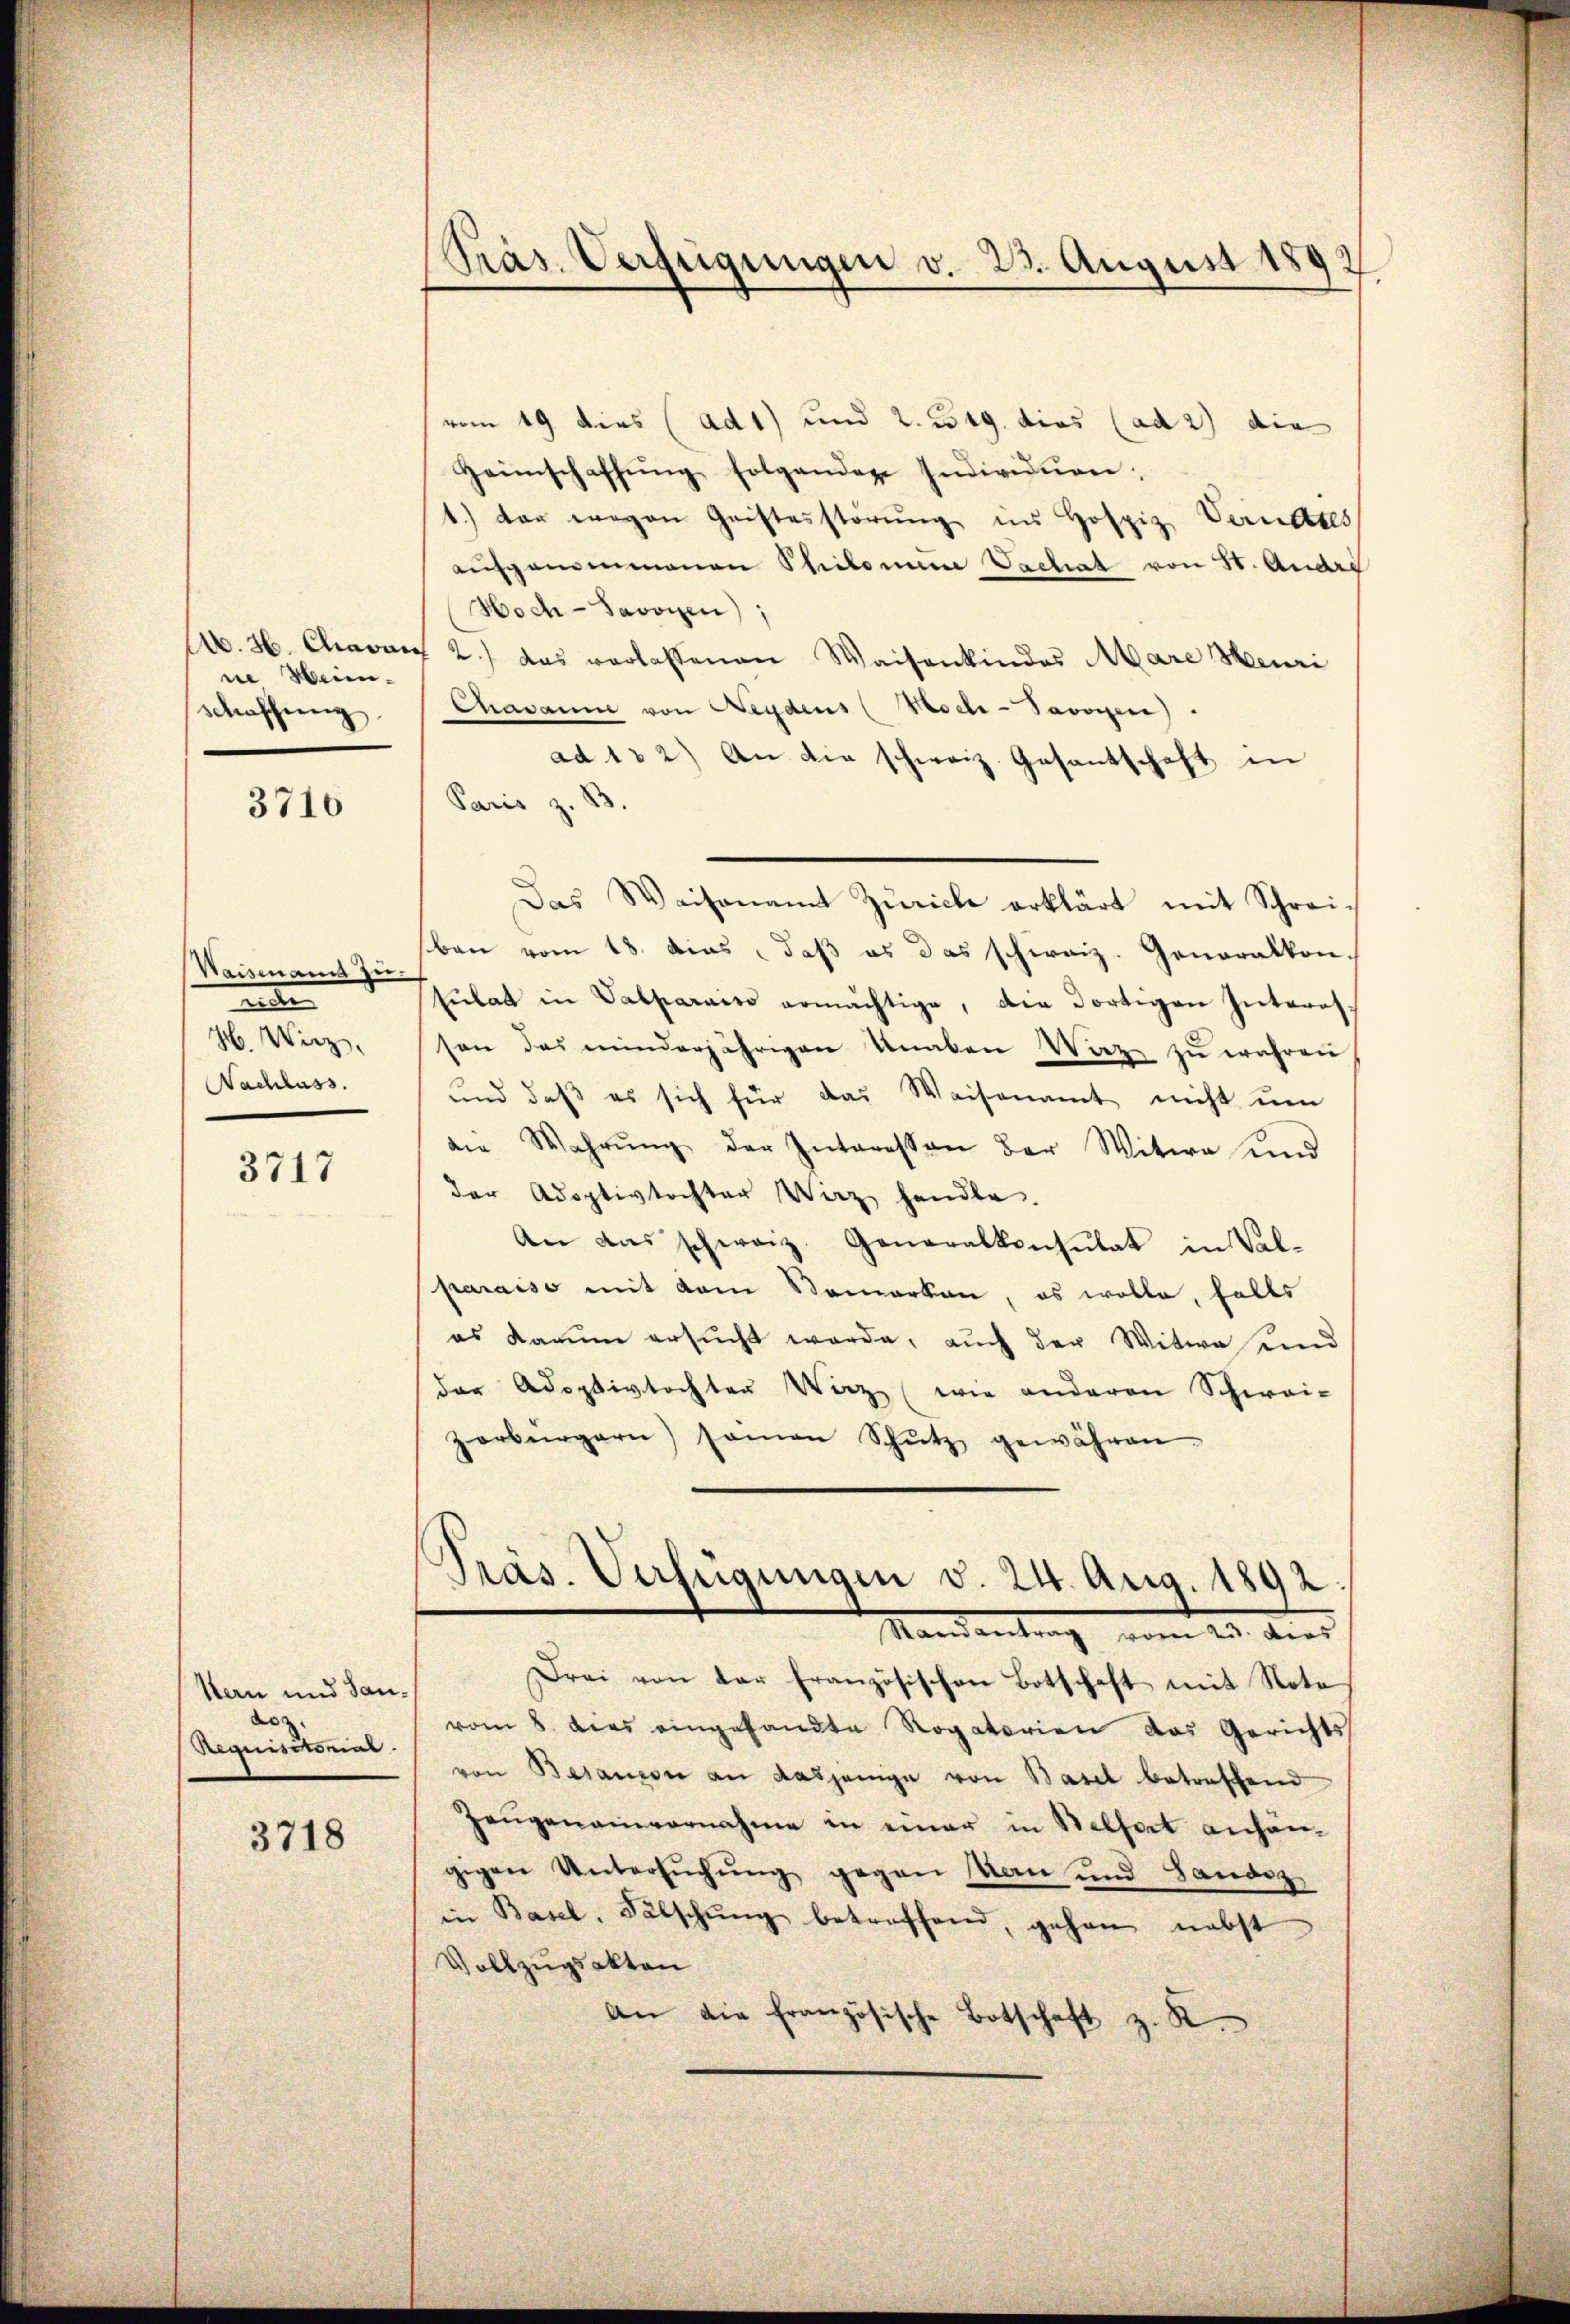
ne Weinschaffung
2

3710

Waisenamt zu-
2
H. Wirz,
Nachlass.

3717

Hern und Sande
Requisitorene

3718

Präs. Verfügungen v. 23. August 1892

vom 19. dies (ad 1) und 2. 319. dies (ad 2) die
Heimschaffŭng folgenden Individuen,
1.) der wegen Geistesstörŭng in Hospiz Verneres
aŭfgenommenen Philonum Vachat von St. Andre
Hoch-Savoyen
A. 36. Chavar 2.) das vorlassenen Waisenkindes Mare Heuri
Chavanne von Beydens (Koche - Savoyen).
ad 132) An die schweiz. Gesantschaft in
Paris z. B.
Das Waisenamt Zürich erklärt mit Schreiban vom 18. das, daβ es das schweiz. Generalkon-
sŭbat in Valparniss ermächtige, die dortigen Interes.
son das minderjährigen Knaben Waz zu wahren,
und daβ es sich für das Waisenamt nicht ŭm
die Wahrŭng der Interessen der Witwe und
der Adoptivtochter Wirz handle.
An das schweiz. Generalkonsulat in Val-
paraiso mit dem Bemerken, es wolle, falls
es darum ersucht werde, auch der Witwe und
der Adoptivtochten Wirz (wie anderen Schwai-
zerbürgern) seinen Schŭtz gewähren
Präs. Verfügungen v. 24. Aug. 1892.
Mandantrag vom 20. dies
Drei von der französischen Botschaft mit Note
vom 8. dies eingesandte Rogatorien das Gerichts
von Besanzen an dasjenige von Basel betreffend
Zeŭgenainvernahme in einer in Belfort anhan-
gigen Untersuchung gegen Man und Landez
in Basel, Fälschŭng betreffend, gehen nebst
Vollzugsakten
An die französische Botschaft z. R.